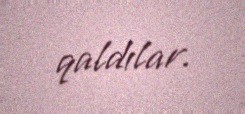
qaldılar.